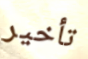
تأخير